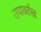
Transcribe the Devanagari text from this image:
उपावर्तस्व